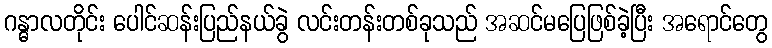
ဂန္ဓာလတိုင်း ပေါင်ဆန်းပြည်နယ်ခွဲ လင်းတန်းတစ်ခုသည် အဆင်မပြေဖြစ်ခဲ့ပြီး အရောင်တွေ